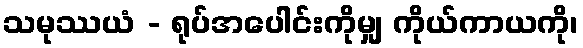
သမုဿယံ - ရုပ်အပေါင်းကိုမျှ ကိုယ်ကာယကို၊